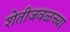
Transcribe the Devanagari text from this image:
शेतीजवळच्या